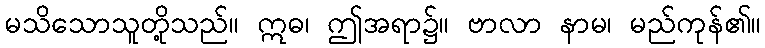
မသိသောသူတို့သည်။ ဣဓ၊ ဤအရာ၌။ ဗာလာ နာမ၊ မည်ကုန်၏။